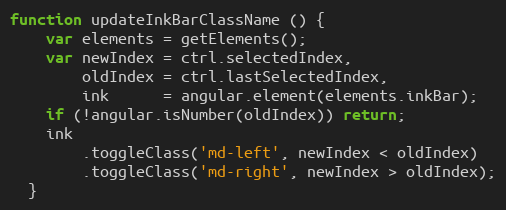
Language: JavaScript
function updateInkBarClassName () {
    var elements = getElements();
    var newIndex = ctrl.selectedIndex,
        oldIndex = ctrl.lastSelectedIndex,
        ink      = angular.element(elements.inkBar);
    if (!angular.isNumber(oldIndex)) return;
    ink
        .toggleClass('md-left', newIndex < oldIndex)
        .toggleClass('md-right', newIndex > oldIndex);
  }